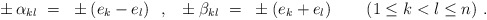
\begin{align*} \pm \, \alpha_{kl}~=~\pm \left( e_k - e_l \right)\!~~,~~ \pm \beta_{kl}~=~\pm \left( e_k + e_l \right) \qquad (1 \leq k < l \leq n)~.\end{align*}